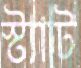
স্ট্যাট